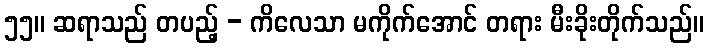
၅၅။ ဆရာသည် တပည့် - ကိလေသာ မကိုက်အောင် တရား မီးခိုးတိုက်သည်။